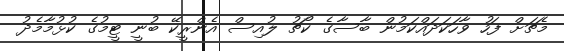
މެޗަށް ފަހު ވާހަކަދައްކަމުން ބާސާގެ ކޯޗު ލުއިސް އެންރީކޭ ބުނީ ޓީމުގެ ކުޅުމާމެދު